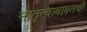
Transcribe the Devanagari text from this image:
मातृत्वाबाबतची